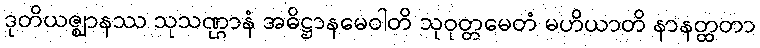
ဒုတိယဇ္ဈာနဿ သုသဏ္ဌာနံ အဓိဋ္ဌာနမေဝါတိ သုဝုတ္တမေတံ မဟိယာတိ နာနတ္ထတာ